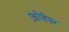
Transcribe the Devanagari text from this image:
ओडेस